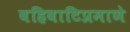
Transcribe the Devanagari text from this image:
वहिवाटिप्रमाणे